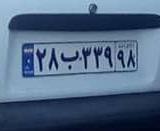
۲۸ب۳۳۹۹۸